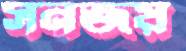
সনজয়